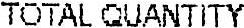
TOTAL QUANTITY